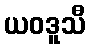
ယဝဒူသီ